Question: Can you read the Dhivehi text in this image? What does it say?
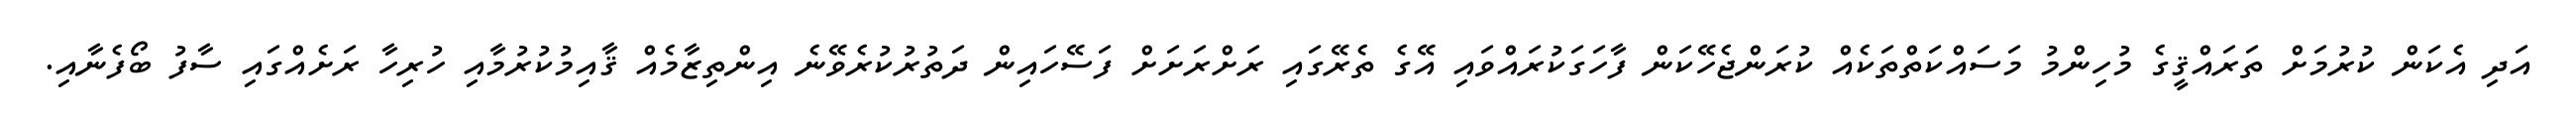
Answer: އަދި އެކަން ކުރުމަށް ތަރައްޤީގެ މުހިންމު މަސައްކަތްތަކެއް ކުރަންޖެހޭކަން ފާހަގަކުރައްވައި އޭގެ ތެރޭގައި ރަށްރަށަށް ފަސޭހައިން ދަތުރުކުރެވޭނެ އިންތިޒާމެއް ޤާއިމުކުރުމާއި ހުރިހާ ރަށެއްގައި ސާފު ބޯފެނާއި.